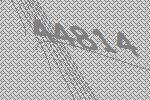
44814